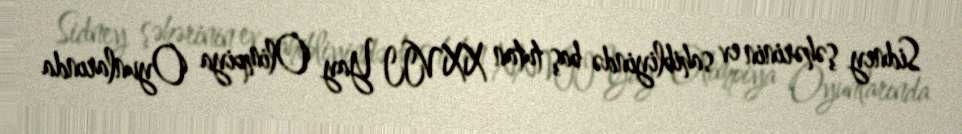
Sidney şəhərinin ev sahibliyində baş tutan XXVII Yay Olimpiya Oyunlarında